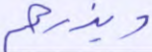
ويذرهم